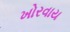
ખોરવાય